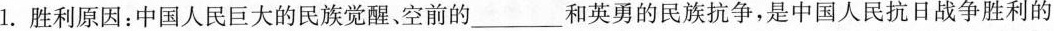
1.胜利原因：中国人民巨大的民族觉醒、空前的___和英勇的民族抗争，是中国人民抗日战争胜利的